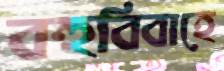
বহুবিবাহে